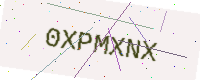
Text: 0XPMXNX